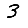
Digit: 3